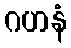
ဂဟနံ